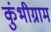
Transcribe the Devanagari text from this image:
कुंभीग्राम